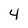
Character: 4